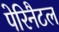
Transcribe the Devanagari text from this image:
पेरिनैटल